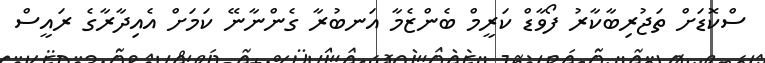
ސްކޮޑަށް ތަޖުރިބާކާރު ފޯވާޑް ކަރީމް ބެންޒެމާ އަނބުރާ ގެންނާނޭ ކަމަށް އެއިދާރާގެ ރައީސް